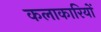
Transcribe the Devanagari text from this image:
कलाकारियों